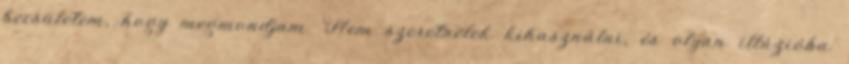
becsületem, hogy megmondjam. Nem szeretnélek kihasználni, és olyan illúzióba